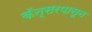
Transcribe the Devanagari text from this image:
कॅन्सरपासून